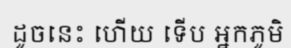
ដូចនេះ ហើយ ទើប អ្នកភូមិ